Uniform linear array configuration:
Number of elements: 24
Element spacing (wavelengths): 1
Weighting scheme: exponential
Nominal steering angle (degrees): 60
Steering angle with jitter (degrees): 61.684
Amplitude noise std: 0.05
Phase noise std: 0.05

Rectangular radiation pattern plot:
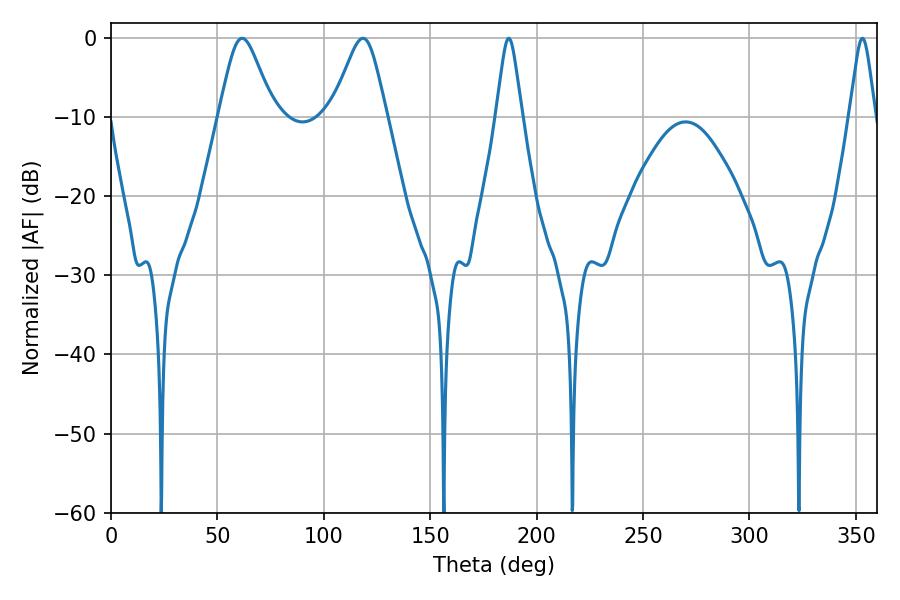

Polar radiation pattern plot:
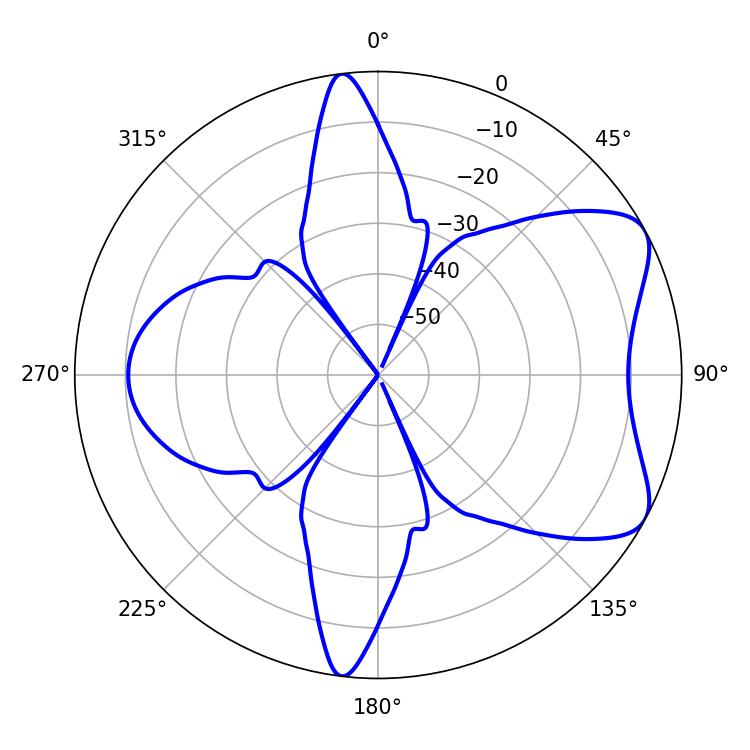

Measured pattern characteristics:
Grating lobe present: TRUE
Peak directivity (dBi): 6.777
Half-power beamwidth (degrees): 12.6
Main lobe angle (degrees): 61.56